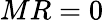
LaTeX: MR=0